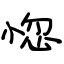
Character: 惚